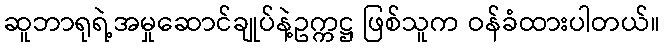
ဆူဘာရုရဲ့အမှုဆောင်ချုပ်နဲ့ဥက္ကဋ္ဌ ဖြစ်သူက ဝန်ခံထားပါတယ်။